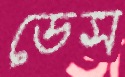
ডেস